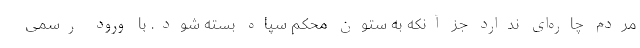
مردم چاره‌ای ندارد جز آنکه به ستون محکم سپاه بسته شود. با ورود رسمی